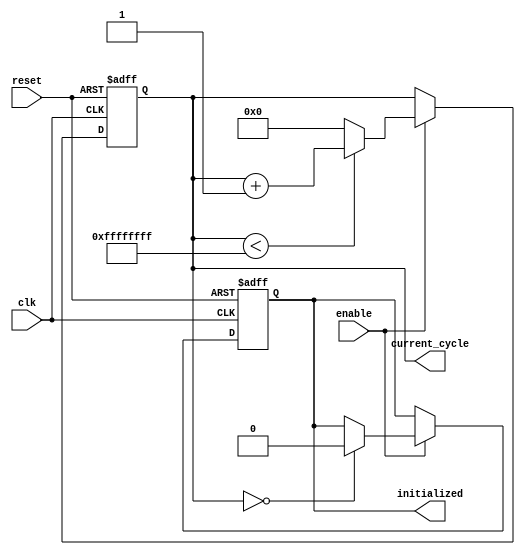
module ClockCycleInitialization (
    input wire clk,            // Clock signal
    input wire reset,          // Asynchronous reset signal
    input wire enable,         // Control signal to allow operations
    output reg [31:0] current_cycle, // Register to hold the current cycle count
    output reg initialized     // Flag indicating the initialization state
);

    // Parameter to define maximum cycle count
    parameter MAX_CYCLE = 32'hFFFFFFFF;

    // Asynchronous reset logic and cycle counting
    always @(posedge clk or posedge reset) begin
        if (reset) begin
            current_cycle <= 32'b0;   // Initialize cycle count to zero
            initialized <= 1'b1;       // Set initialized flag
        end else if (enable) begin
            if (current_cycle < MAX_CYCLE) begin
                current_cycle <= current_cycle + 1; // Increment cycle count
            end else begin
                current_cycle <= 32'b0; // Reset cycle count on overflow
            end
            if (current_cycle == 32'b0) begin
                initialized <= 1'b0;     // Clear initialized flag after first increment
            end
        end
    end

endmodule